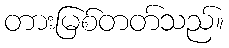
တားမြစ်တတ်သည်။